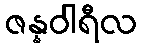
ဇန္နဝါရီလ